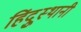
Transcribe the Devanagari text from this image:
हिंदूुस्थानी